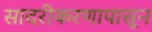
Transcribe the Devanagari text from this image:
सादरीकरणापासून